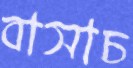
বাসাচ